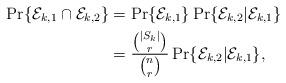
LaTeX: \begin{align*}\Pr\{ \mathcal{E}_{k,1} \cap \mathcal{E}_{k,2}\} &= \Pr\{ \mathcal{E}_{k,1} \} \Pr\{ \mathcal{E}_{k,2} | \mathcal{E}_{k,1}\} \\&= \frac{ {{|S_k|} \choose r } }{ {n \choose r} } \Pr\{ \mathcal{E}_{k,2} | \mathcal{E}_{k,1}\},\end{align*}